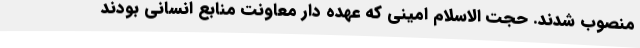
منصوب شدند. حجت الاسلام امینی که عهده دار معاونت منابع انسانی بودند